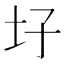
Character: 𡉗